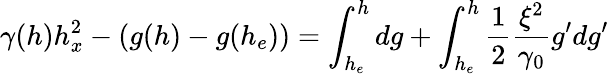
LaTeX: \gamma(h)h_{x}^{2}-(g(h)-g(h_{e}))=\int_{h_{e}}^{h}dg+\int_{h_{e}}^{h}\frac{1}{2}\frac{\xi^{2}}{\gamma_{0}}g^{\prime}dg^{\prime}